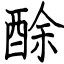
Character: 酴